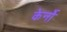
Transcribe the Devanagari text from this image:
केर्नो